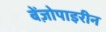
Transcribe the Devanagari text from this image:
बेंज़ोपाइरीन